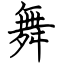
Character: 舞